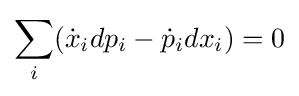
\sum _{i}({\dot {x}}_{i}dp_{i}-{\dot {p}}_{i}dx_{i})=0